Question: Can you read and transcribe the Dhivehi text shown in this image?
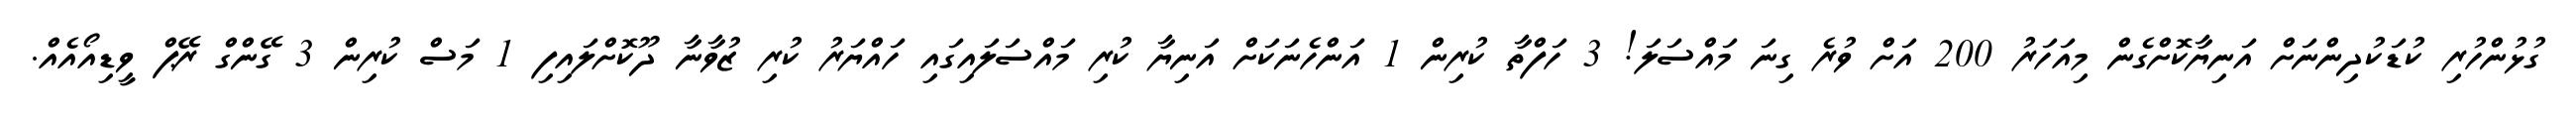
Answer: ގުޅުންހުރި ކުޑަކުދިންނަށް އަނިޔާކޮށްގެން މިއަހަރު 200 އަށް ވުރެ ގިނަ މައްސަލަ! 3 ހަފްތާ ކުރިން 1 އަންހެނަކަށް އަނިޔާ ކުރި މައްސަލައިގައި ހައްޔަރު ކުރި ޒުވާނާ ދޫކޮށްލައިފި 1 މަސް ކުރިން 3 ގޭންގް ރޭޕް ވީޑިއޯއެއް.